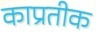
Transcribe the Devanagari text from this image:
काप्रतीक